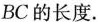
BC的长度。